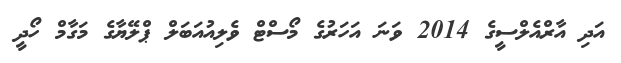
އަދި އާރްއެލްސީގެ 2014 ވަނަ އަހަރުގެ މޯސްޓް ވެލިއުއަބަލް ޕްލޭޔާގެ މަގާމް ހޯދީ